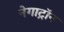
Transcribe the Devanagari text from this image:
नेगाट्रॉन